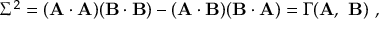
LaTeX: \Sigma ^ { 2 } = ( \mathbf { A \cdot A } ) ( \mathbf { B \cdot B } ) - ( \mathbf { A \cdot B } ) ( \mathbf { B \cdot A } ) = \Gamma ( \mathbf { A } , \ \mathbf { B } ) \ ,